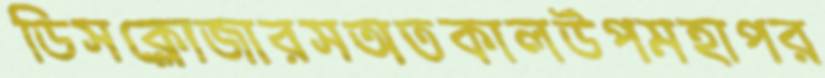
ডিসক্লোজারসঅতকালউপমহাপর